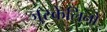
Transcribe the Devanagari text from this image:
जुस्केलिनो